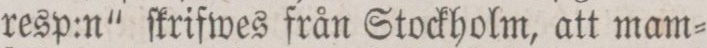
resp:n“ſkrifwes från Stockholm, att mam=